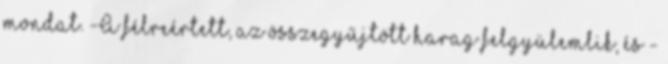
mondat. -A félreértett, az összegyűjtött harag felgyülemlik, és -